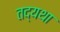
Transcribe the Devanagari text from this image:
तद्यथा